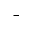
^ -